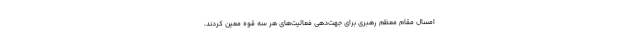
امسال مقام معظم رهبری برای جهت‌دهی فعالیت‌های هر سه قوه معین کردند،